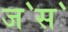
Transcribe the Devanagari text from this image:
ज॓स॓